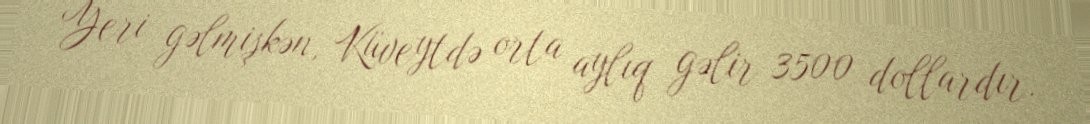
Yeri gəlmişkən, Küveytdə orta aylıq gəlir 3500 dollardır.